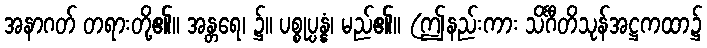
အနာဂတ် တရားတို့၏။ အန္တရေ၊ ၌။ ပစ္စုပ္ပန္နံ၊ မည်၏။ (ဤနည်းကား သိင်္ဂီတိသုန်အဋ္ဌကထာ၌